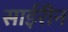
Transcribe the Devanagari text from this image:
साईरीन